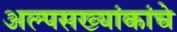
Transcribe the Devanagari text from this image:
अल्पसख्यांकांचे